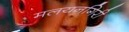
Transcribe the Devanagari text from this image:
मलयनगिरी